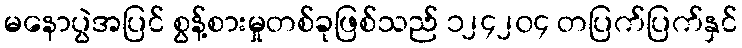
မနောပွဲအပြင် စွန့်စားမှုတစ်ခုဖြစ်သည် ၁၂၄၂၀၄ တပြက်ပြက်နှင်